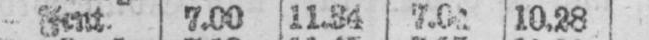
10.28